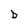
Character: D